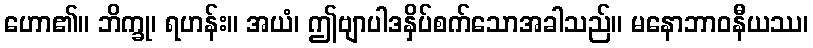
ဟော၏။ ဘိက္ခု၊ ရဟန်း။ အယံ၊ ဤဗျာပါဒနှိပ်စက်သောအခါသည်။ မနောဘာဝနီယဿ၊